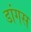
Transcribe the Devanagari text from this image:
डांगस